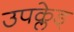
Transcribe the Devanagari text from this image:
उपक्लेड्